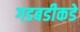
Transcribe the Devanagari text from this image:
गडबडीकडे